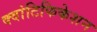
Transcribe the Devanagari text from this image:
क्वांटिफिकेशन